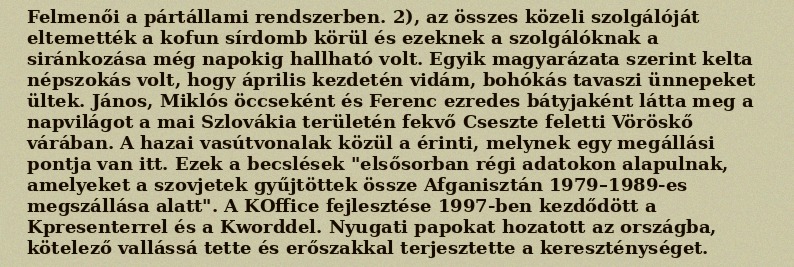
Felmenői a pártállami rendszerben. 2), az összes közeli szolgálóját eltemették a kofun sírdomb körül és ezeknek a szolgálóknak a siránkozása még napokig hallható volt. Egyik magyarázata szerint kelta népszokás volt, hogy április kezdetén vidám, bohókás tavaszi ünnepeket ültek. János, Miklós öccseként és Ferenc ezredes bátyjaként látta meg a napvilágot a mai Szlovákia területén fekvő Cseszte feletti Vöröskő várában. A hazai vasútvonalak közül a érinti, melynek egy megállási pontja van itt. Ezek a becslések "elsősorban régi adatokon alapulnak, amelyeket a szovjetek gyűjtöttek össze Afganisztán 1979–1989-es megszállása alatt". A KOffice fejlesztése 1997-ben kezdődött a Kpresenterrel és a Kworddel. Nyugati papokat hozatott az országba, kötelező vallássá tette és erőszakkal terjesztette a kereszténységet.